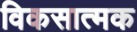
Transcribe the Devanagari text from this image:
विकसात्मक